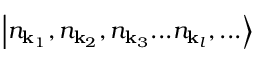
\left| n _ { \mathbf { k } _ { 1 } } , n _ { \mathbf { k } _ { 2 } } , n _ { \mathbf { k } _ { 3 } } . . . n _ { \mathbf { k } _ { l } } , . . . \right\rangle